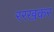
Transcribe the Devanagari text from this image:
ररखकर